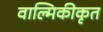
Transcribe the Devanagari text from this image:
वाल्मिकीकृत